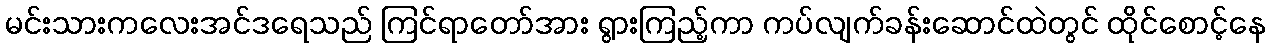
မင်းသားကလေးအင်ဒရေသည် ကြင်ရာတော်အား ရွားကြည့်ကာ ကပ်လျက်ခန်းဆောင်ထဲတွင် ထိုင်စောင့်နေ